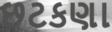
છટકણા